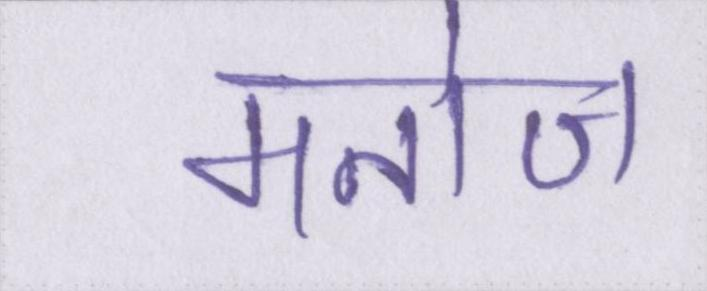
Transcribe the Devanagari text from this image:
मनोज